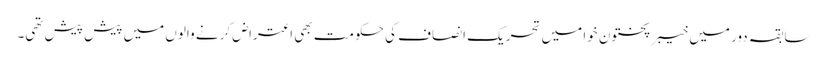
سابقہ دور میں خیبر پختون خوا میں تحریک انصاف کی حکومت بھی اعتراض کرنے والوں میں پیش پیش تھی۔